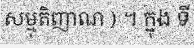
សម្មុតិញាណ ) ។ ក្នុង ទី